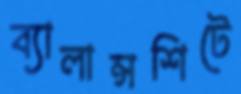
ব্যালান্সশিটে